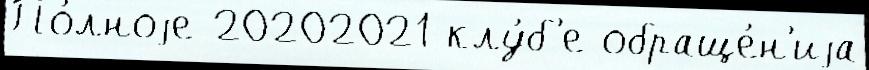
По́лноjе 20202021 клу́б'е обраще́н'иjа